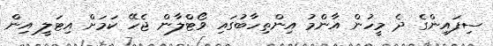
ސިފައިންގެ ދެ މީހުން އާންމު އިންތިހާބުގައި ވޯޓްލާން ޖެހޭ ކަމަށް އިޓަލީ އިން